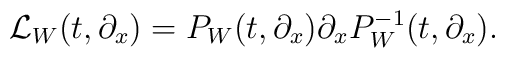
{\cal L}_W(t,\partial_x)=P_W(t,\partial_x)\partial_xP_W^{-1}(t,\partial_x).